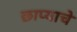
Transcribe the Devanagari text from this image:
छाप्याचे